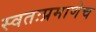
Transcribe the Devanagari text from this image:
स्वतःप्रमाणेच